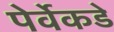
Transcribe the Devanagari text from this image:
पेर्वेकडे